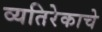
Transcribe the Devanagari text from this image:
व्यतिरेकाचे